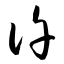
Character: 许